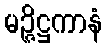
မဉ္ဇိဋ္ဌကာနံ